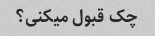
چک قبول میکنی؟